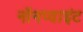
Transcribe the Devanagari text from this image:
नॉनप्वाइंट